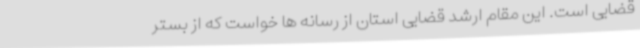
قضایی است. این مقام ارشد قضایی استان از رسانه ها خواست که از بستر